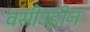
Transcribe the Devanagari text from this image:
वसीउद्दीन